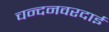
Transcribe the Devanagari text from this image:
चन्दनवरदाई